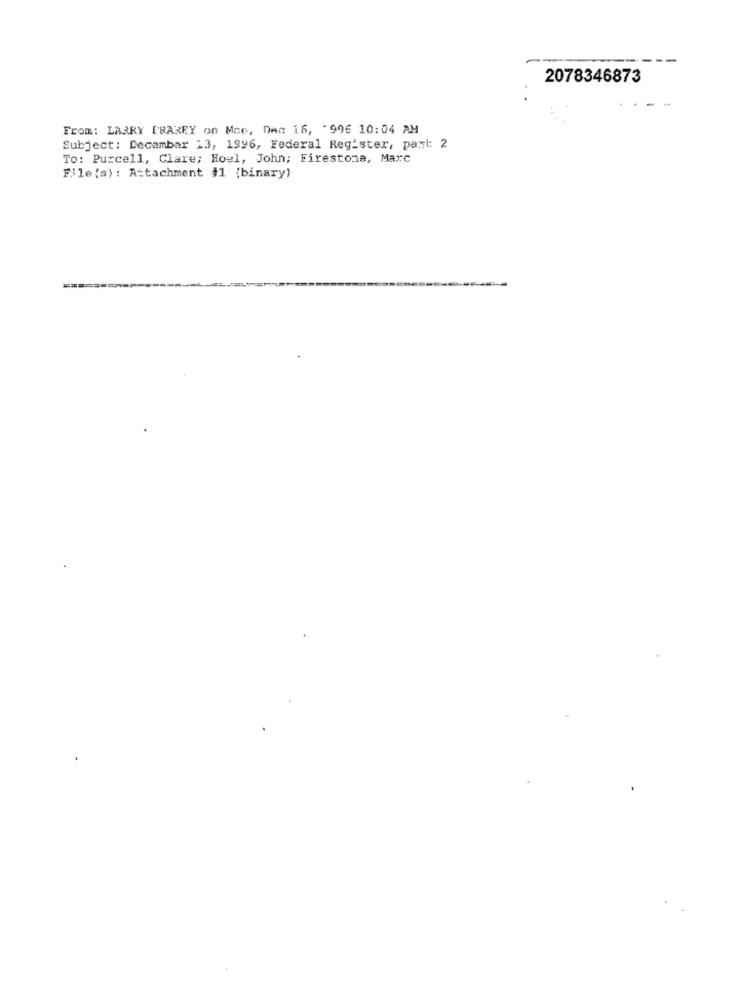
2078346873
From: LARRY PRAKEY on Mon, Dec 16, '996 10:04 AM
Subject: Decambar 13, 1996, Federal Register, part: 2
To: Purcell, Clare; Houl, John; Firestone, Marc
File (s) : Attachment #1 (binary)